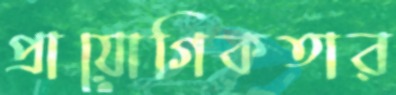
প্রায়োগিকতার